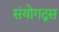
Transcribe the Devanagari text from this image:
संयोगद्रस